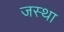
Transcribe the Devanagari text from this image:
जस्था